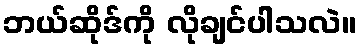
ဘယ်ဆိုဒ်ကို လိုချင်ပါသလဲ။